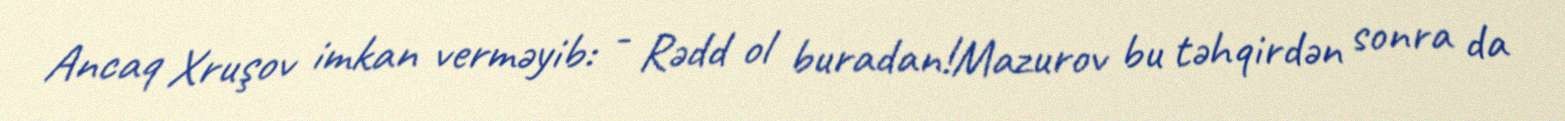
Ancaq Xruşov imkan verməyib: - Rədd ol buradan!Mazurov bu təhqirdən sonra da